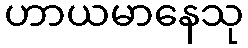
ဟာယမာနေသု